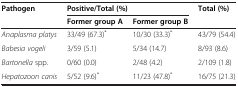
| <ROWSPAN=2> Pathogen | <COLSPAN=2> Positive/Total (%) | <ROWSPAN=2> Total (%) |
 | Former group A | Former group B |
 | --- | --- | --- | --- |
 | Anaplasma platys | 33/49 (67.3)* | 10/30 (33.3)* | 43/79 (54.4) |
 | Babesia vogeli | 3/59 (5.1) | 5/34 (14.7) | 8/93 (8.6) |
 | Bartonella spp. | 0/60 (0.0) | 2/48 (4.2) | 2/109 (1.8) |
 | Hepatozoon canis | 5/52 (9.6)* | 11/23 (47.8)* | 16/75 (21.3) |